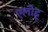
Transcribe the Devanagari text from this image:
एलीहू